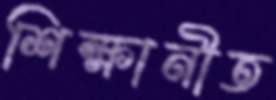
শিক্ষানীত